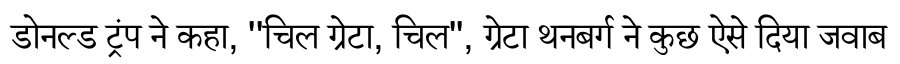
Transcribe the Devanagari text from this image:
डोनल्ड ट्रंप ने कहा, ''चिल ग्रेटा, चिल'', ग्रेटा थनबर्ग ने कुछ ऐसे दिया जवाब